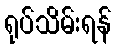
ရုပ်သိမ်းရန်